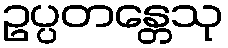
ဥပ္ပတန္တေသု